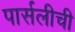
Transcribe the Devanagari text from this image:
पार्सलीची